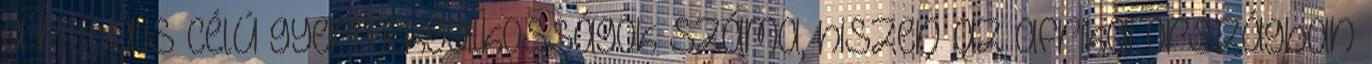
a rituális célú gyermekgyilkosságok száma, hiszen az afrikai országban